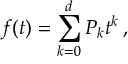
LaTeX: f ( t ) = \sum _ { k = 0 } ^ { d } P _ { k } t ^ { k } \, ,